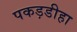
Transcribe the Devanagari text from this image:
पकड़डीहा